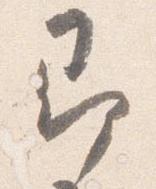
即